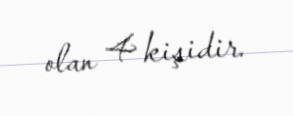
olan 4 kişidir.